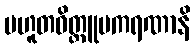
ပဟူတဝိတ္တူပကရဏာနိ